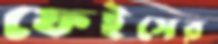
ফেইসের